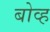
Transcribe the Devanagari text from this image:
बोव्ह